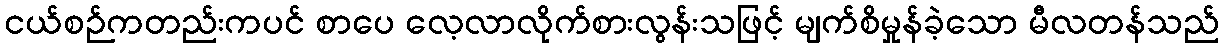
ငယ်စဉ်ကတည်းကပင် စာပေ လေ့လာလိုက်စားလွန်းသဖြင့် မျက်စိမှုန်ခဲ့သော မီလတန်သည်